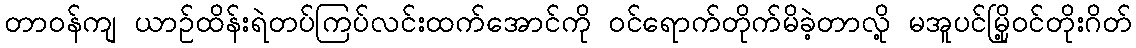
တာဝန်ကျ ယာဉ်ထိန်းရဲတပ်ကြပ်လင်းထက်အောင်ကို ဝင်ရောက်တိုက်မိခဲ့တာလို့ မအူပင်မြို့ဝင်တိုးဂိတ်